Dysentery and liver abscess in Bombay - Number 47
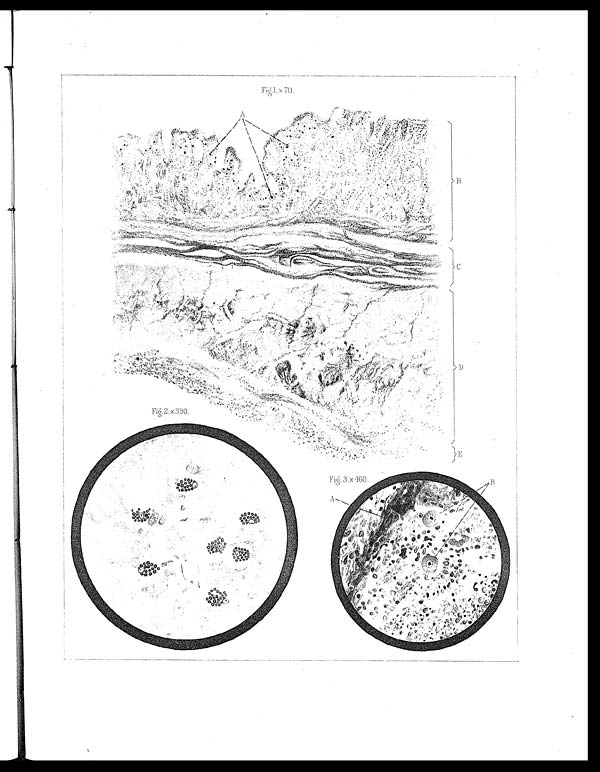
Fig 2. x 390.
Fi g. 3. x 460.